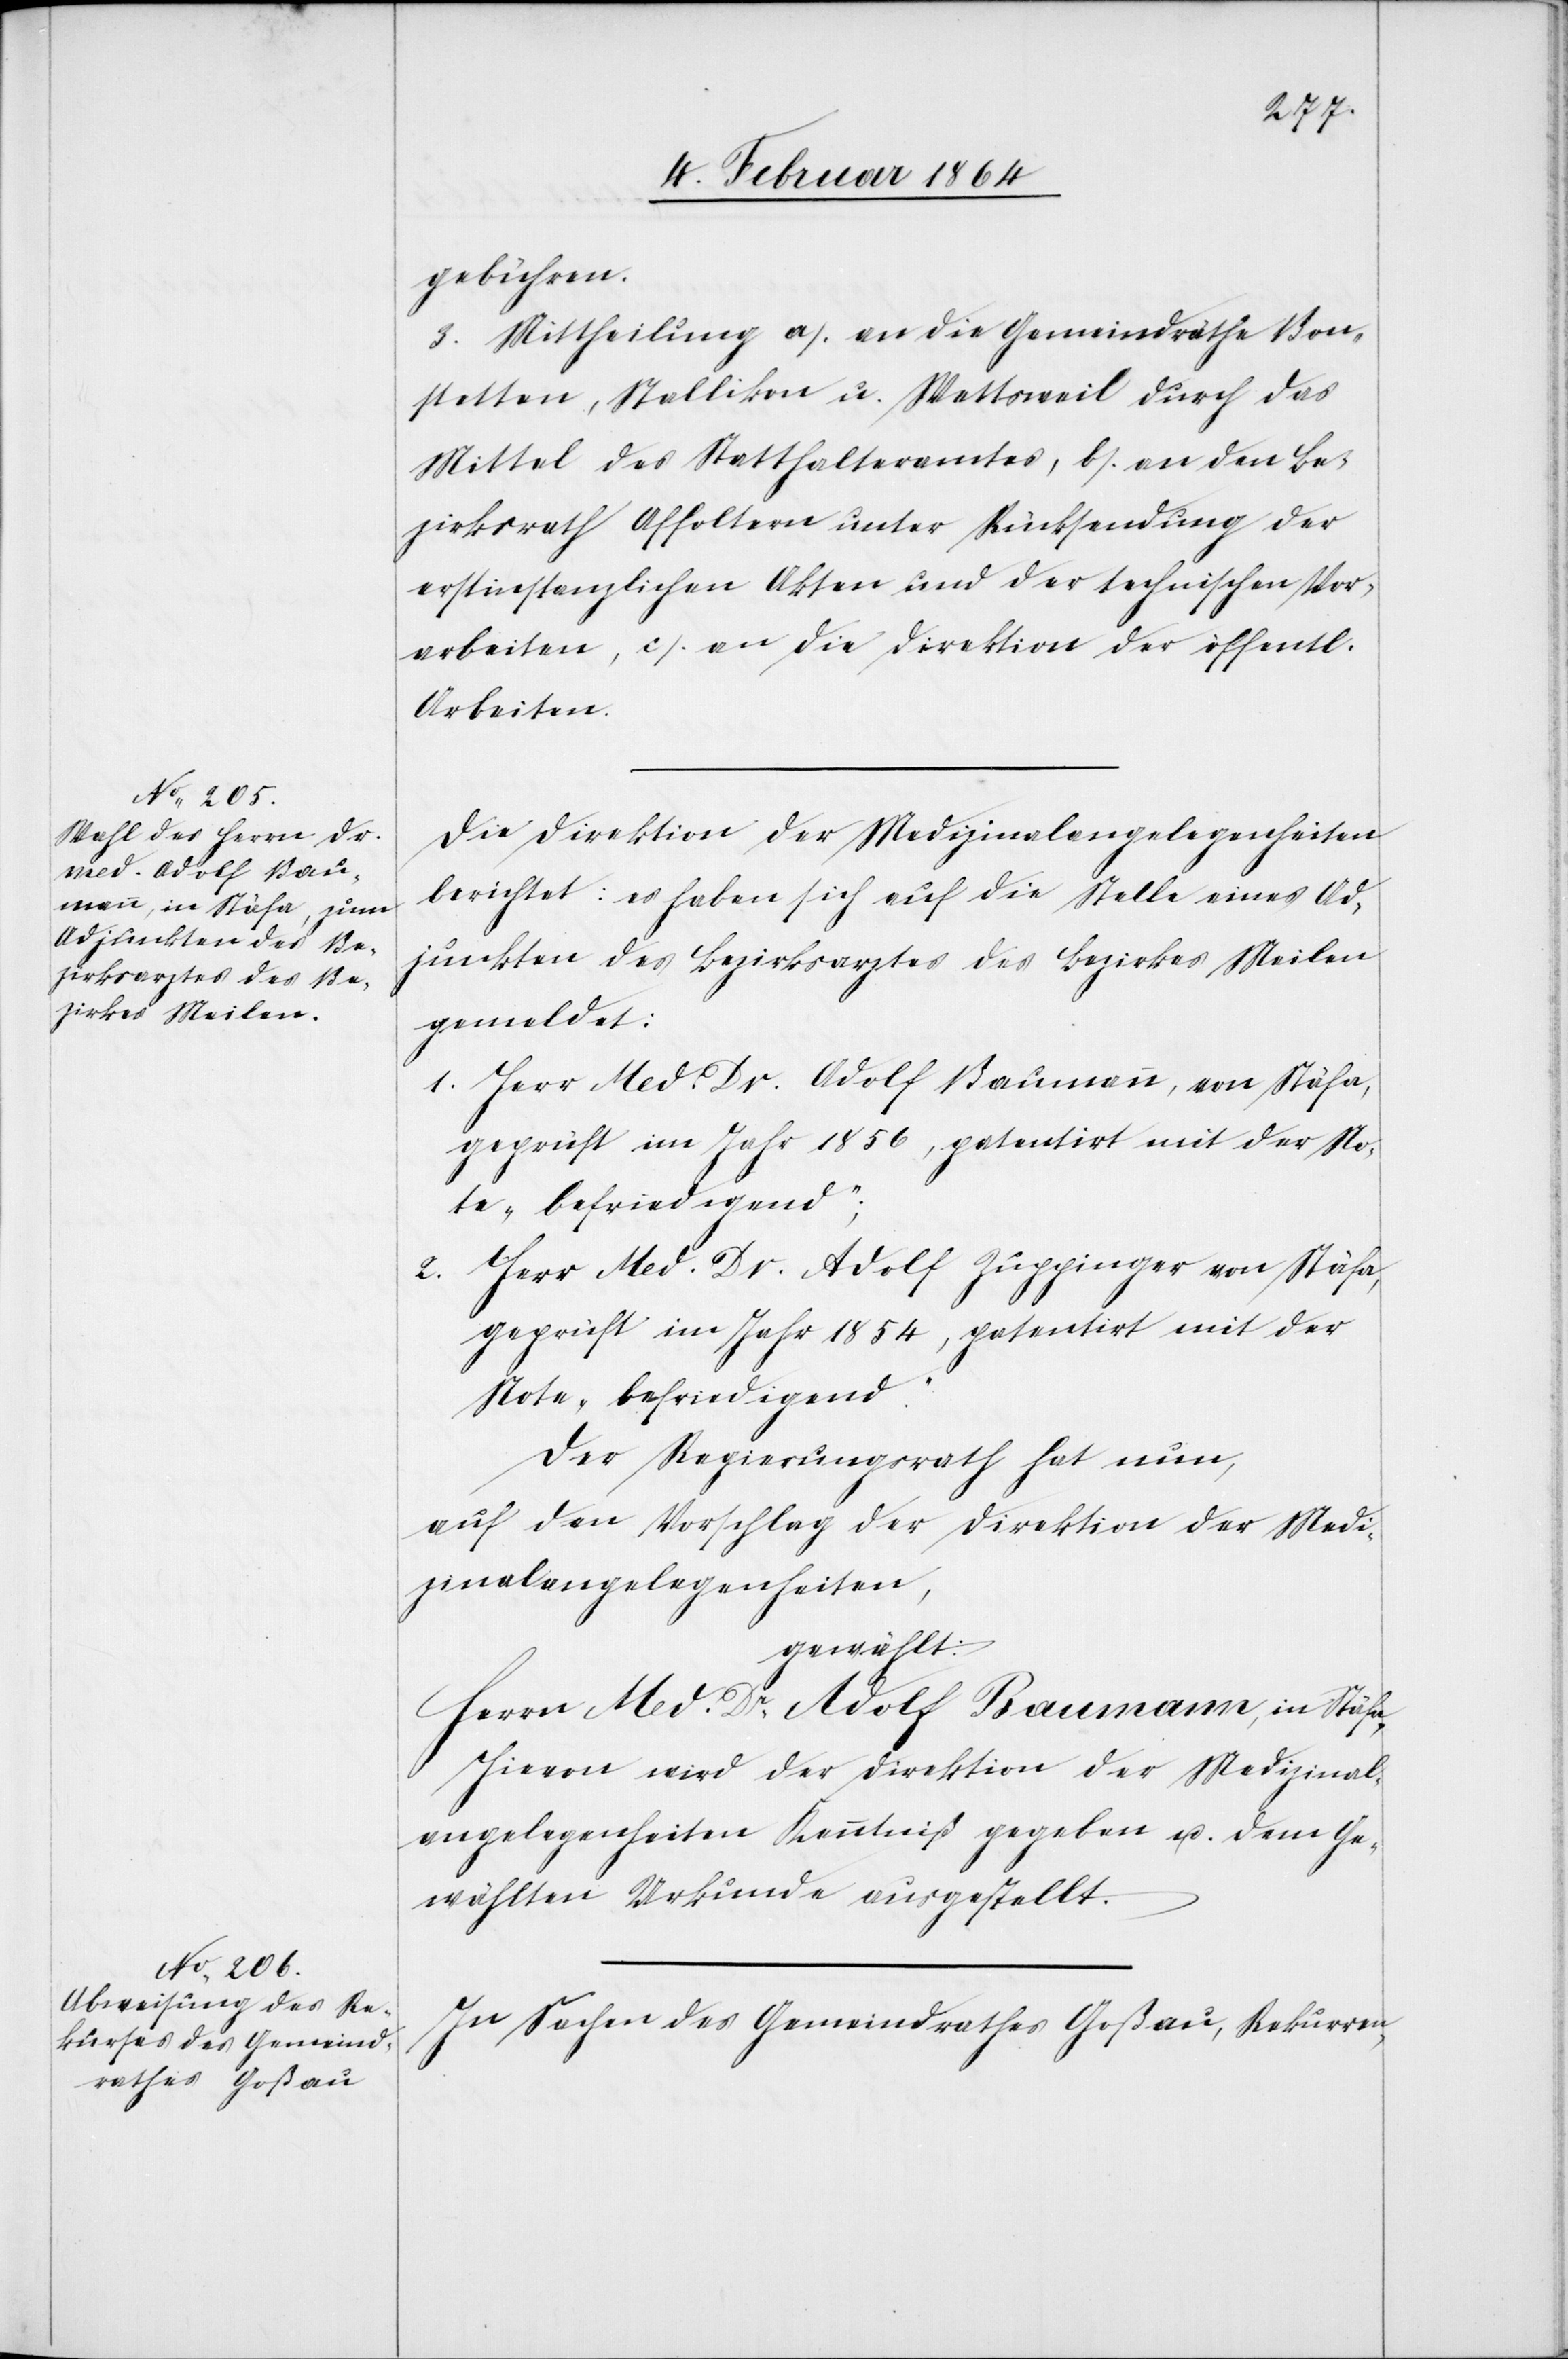
gebühren.
3. Mittheilung a.) an die Gemeindräthe Bon¬
stetten, Stallikon u. Wettsweil durch das
Mittel des Statthalteramtes, b.) an den Be¬
zirksrath Affoltern unter Rücksendung der
erstinstanzlichen Akten und der technischen Vor¬
arbeiten, c.) an die Direktion der öffentl.
Arbeiten.
Die Direktion der Medizinalangelegenheiten
berichtet: es haben sich auf die Stelle eines Ad¬
junkten des Bezirksrathes des Bezirkes Meilen
gemeldet:
Herr Med. Dr. Adolf Baumann, von Stäfa,
Herr Med. Dr. Adolf Zuppinger von Stäfa,
geprüft im Jahr 1854, patentirt mit der
Note „befriedigend.“
Der Regierungsrath hat nun,
auf den Vorschlag der Direktion der Medi¬
zinalangelegenheiten,
gewählt:
Herrn Med. Dr. Adolf Baumann, in Stäfa.
Hievon wird der Direktion der Medizinal¬
angelegenheiten Kenntniß gegeben u. dem Ge¬
wählten Urkunde ausgestellt.
In Sachen des Gemeindrathes Goßau, Rekurren-